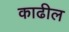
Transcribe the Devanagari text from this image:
काढील